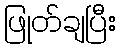
ဖြုတ်ချပြီး